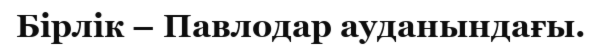
Бірлік – Павлодар ауданындағы.